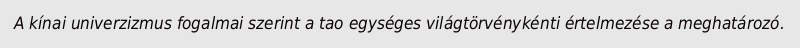
A kínai univerzizmus fogalmai szerint a tao egységes világtörvénykénti értelmezése a meghatározó.